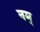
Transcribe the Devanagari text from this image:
नम्‌